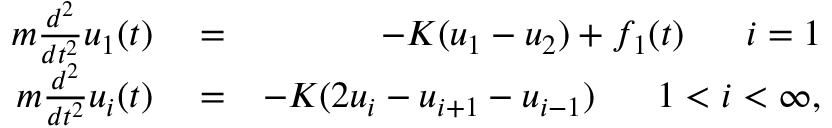
\begin{array} { r l r } { m \frac { d ^ { 2 } } { d t ^ { 2 } } u _ { 1 } ( t ) } & { { } = } & { - K ( u _ { 1 } - u _ { 2 } ) + f _ { 1 } ( t ) \ \ \ \ \ i = 1 } \\ { m \frac { d ^ { 2 } } { d t ^ { 2 } } u _ { i } ( t ) } & { { } = } & { - K ( 2 u _ { i } - u _ { i + 1 } - u _ { i - 1 } ) \ \ \ \ \ 1 < i < \infty , } \end{array}